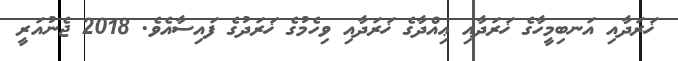
ޚަރަދާއި އަނބިމީހާގެ ޚަރަދާއި ޢިއްދާގެ ޚަރަދާއި ވިހެމުގެ ޚަރަދުގެ ފައިސާއެވެ. 2018 ޖެނުއަރީ